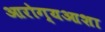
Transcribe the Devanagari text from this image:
आरोग्यआशा